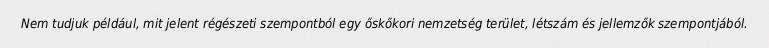
Nem tudjuk például, mit jelent régészeti szempontból egy őskőkori nemzetség terület, létszám és jellemzők szempontjából.